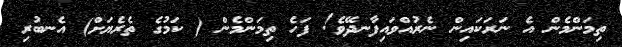
ތިމަންމެން އެ ނަރަކައިން ނެރުއްވައިފާނދޭވެ! ފަހެ ތިމަންމެން ( ކަމުގެ ތެރެޔަށް) އެނބުރި